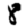
Digit: 8